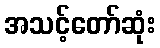
အသင့်တော်ဆုံး